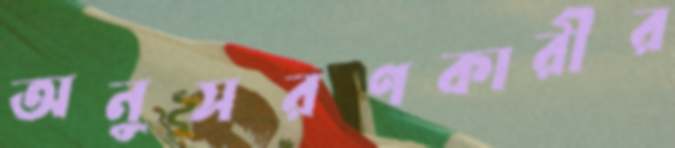
অনুসরণকারীর